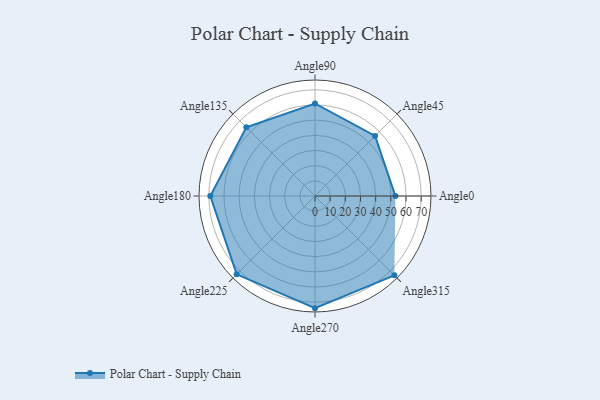
{"axis": {"x": "Angle", "y": "Radius"}, "legend": [""], "data": [{"x": "Angle0", "y": 53.0, "type": ""}, {"x": "Angle45", "y": 56.0, "type": ""}, {"x": "Angle90", "y": 61.0, "type": ""}, {"x": "Angle135", "y": 64.0, "type": ""}, {"x": "Angle180", "y": 69.0, "type": ""}, {"x": "Angle225", "y": 73.0, "type": ""}, {"x": "Angle270", "y": 74.0, "type": ""}, {"x": "Angle315", "y": 74.0, "type": ""}]}